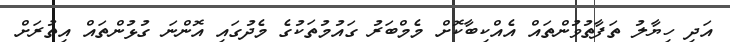
އަދި ހިޔާލު ތަފާތުވުންތައް އެއްކިބާކޮށް މެމްބަރު ގައުމުތަކުގެ މެދުގައި އޮންނަ ގުޅުންތައް އިތުރަށް